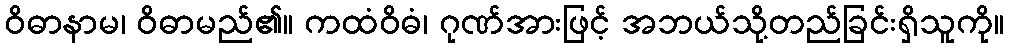
ဝိဓာနာမ၊ ဝိဓာမည်၏။ ကထံဝိဓံ၊ ဂုဏ်အားဖြင့် အဘယ်သို့တည်ခြင်းရှိသူကို။